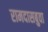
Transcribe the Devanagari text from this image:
रामदासबुवा